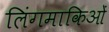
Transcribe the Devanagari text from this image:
लिंगमाकिओं